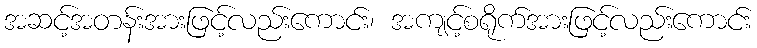
အဆင့်အတန်းအားဖြင့်လည်းကောင်း၊ အကျင့်စရိုက်အားဖြင့်လည်းကောင်း